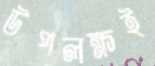
উপলক্ষই